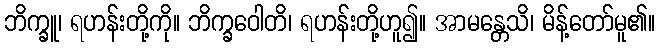
ဘိက္ခူ၊ ရဟန်းတို့ကို။ ဘိက္ခဝေါတိ၊ ရဟန်းတို့ဟူ၍။ အာမန္တေသိ၊ မိန့်တော်မူ၏။